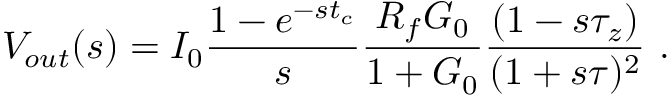
V _ { o u t } ( s ) = I _ { 0 } \frac { 1 - e ^ { - s t _ { c } } } { s } \frac { R _ { f } G _ { 0 } } { 1 + G _ { 0 } } \frac { ( 1 - s \tau _ { z } ) } { ( 1 + s \tau ) ^ { 2 } } ~ .